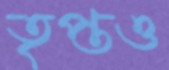
তৃপ্তও